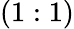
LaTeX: (1:1)